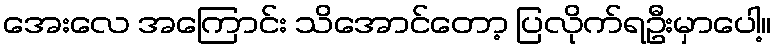
အေးလေ အကြောင်း သိအောင်တော့ ပြလိုက်ရဦးမှာပေါ့။